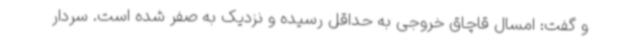
و گفت: امسال قاچاق خروجی به حداقل رسیده و نزدیک به صفر شده است. سردار